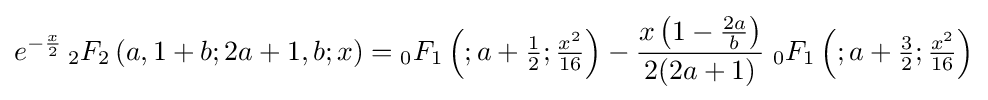
e^{-{\frac {x}{2}}}\,{}_{2}F_{2}\left(a,1+b;2a+1,b;x\right)={}_{0}F_{1}\left(;a+{\tfrac {1}{2}};{\tfrac {x^{2}}{16}}\right)-{\frac {x\left(1-{\tfrac {2a}{b}}\right)}{2(2a+1)}}\;{}_{0}F_{1}\left(;a+{\tfrac {3}{2}};{\tfrac {x^{2}}{16}}\right)